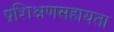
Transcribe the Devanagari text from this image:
प्रशिक्षणसहायता